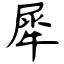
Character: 犀